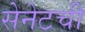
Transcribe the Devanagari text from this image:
सेनेटची